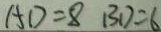
A D = 8 B D = 6